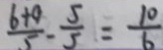
\frac { 6 + 9 } { 5 } - \frac { 5 } { 5 } = \frac { 1 0 } { 6 }